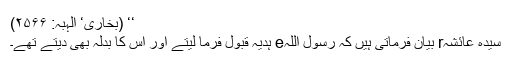
‘‘ (بخاری‘ الہبہ: ۲۵۶۶)
سیدہ عائشہr بیان فرماتی ہیں کہ رسول اللہe ہدیہ قبول فرما لیتے اور اس کا بدلہ بھی دیتے تھے۔